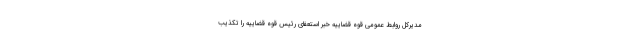
مدیرکل روابط عمومی قوه قضاییه خبر استعفای رئیس قوه قضاییه را تکذیب